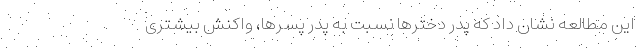
این مطالعه نشان داد که پدر دخترها نسبت به پدر پسرها، واکنش بیشتری